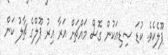
ޕޫލެކެވެ. ކުޑަ ސިޑިއަކުން ގޮސް މައްޗަށް އަރާ އިރު ޕޫލްގެ ޗާލު ކަން